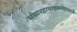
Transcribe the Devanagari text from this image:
संसारहालाहलमोहशान्त्यै